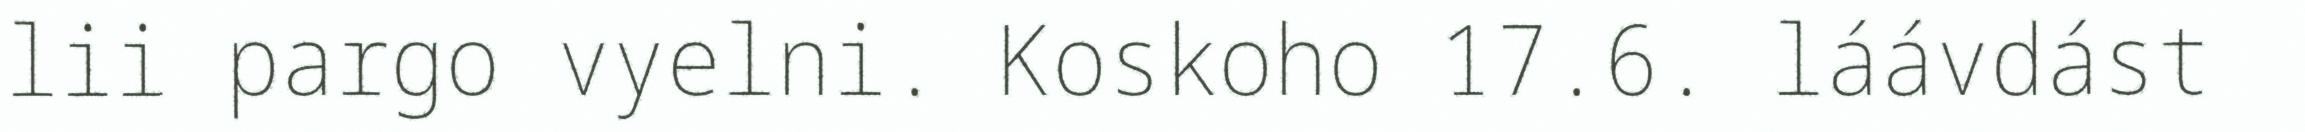
lii pargo vyelni. Koskoho 17.6. láávdást